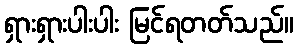
ရှားရှားပါးပါး မြင်ရတတ်သည်။